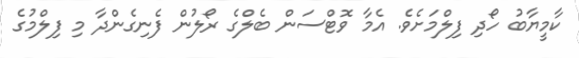
ކާމީޔާބު ހޯދި ފިލްމަށެވެ. އެމާ ވޮޓްސަން ބެލްގެ ރޯލުން ފެނިގެންދާ މި ފިލްމުގެ